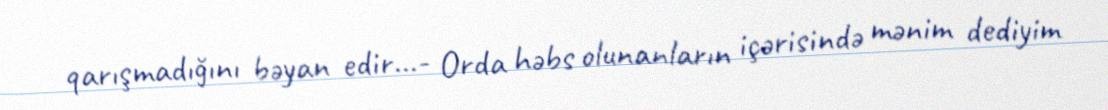
qarışmadığını bəyan edir...- Orda həbs olunanların içərisində mənim dediyim